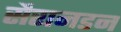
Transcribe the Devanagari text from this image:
सैरानडन